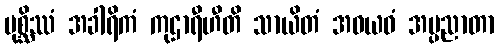
ပုစ္ဆိဿံ အခါရိကံ ကုဌာရီဟီတိ သာယိတံ အဝယဝံ အပ္ပညာတာ